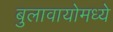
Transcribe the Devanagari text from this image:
बुलावायोमध्ये